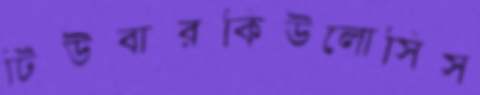
টিউবারকিউলোসিস